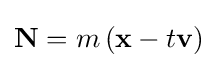
\mathbf {N} =m\left(\mathbf {x} -t\mathbf {v} \right)